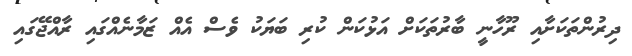
ދިރުންތަކަށާއި ރޫހާނީ ބާރުތަކަށް އަޅުކަން ކުރި ބަޔަކު ވެސް އެއް ޒަމާނެއްގައި ރާއްޖޭގައި